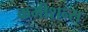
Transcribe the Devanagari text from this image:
कमीशन्स